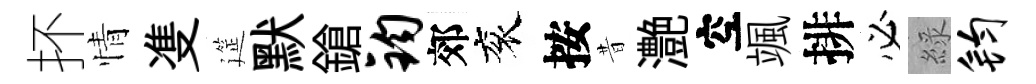
抔情㕠筵默鎗钧郊衮按昔灔空颯排必綠钧